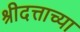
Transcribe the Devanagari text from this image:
श्रीदत्ताच्या